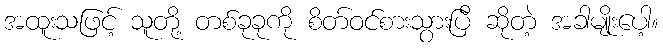
အထူးသဖြင့် သူတို့ တစ်ခုခုကို စိတ်ဝင်စားသွားပြီ ဆိုတဲ့ အခါမျိုးပေါ့။